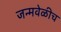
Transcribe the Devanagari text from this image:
जन्मवेळीच